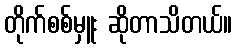
တိုက်စစ်မှူး ဆိုတာသိတယ်။